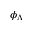
\phi _ { \Lambda }